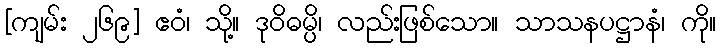
[ကျမ်း ၂၆၉] ဧဝံ၊ သို့။ ဒုဝိဓမ္ပိ၊ လည်းဖြစ်သော။ သာသနပဋ္ဌာနံ၊ ကို။